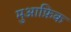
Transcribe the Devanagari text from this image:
मुआफ़िक